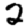
Digit: 2